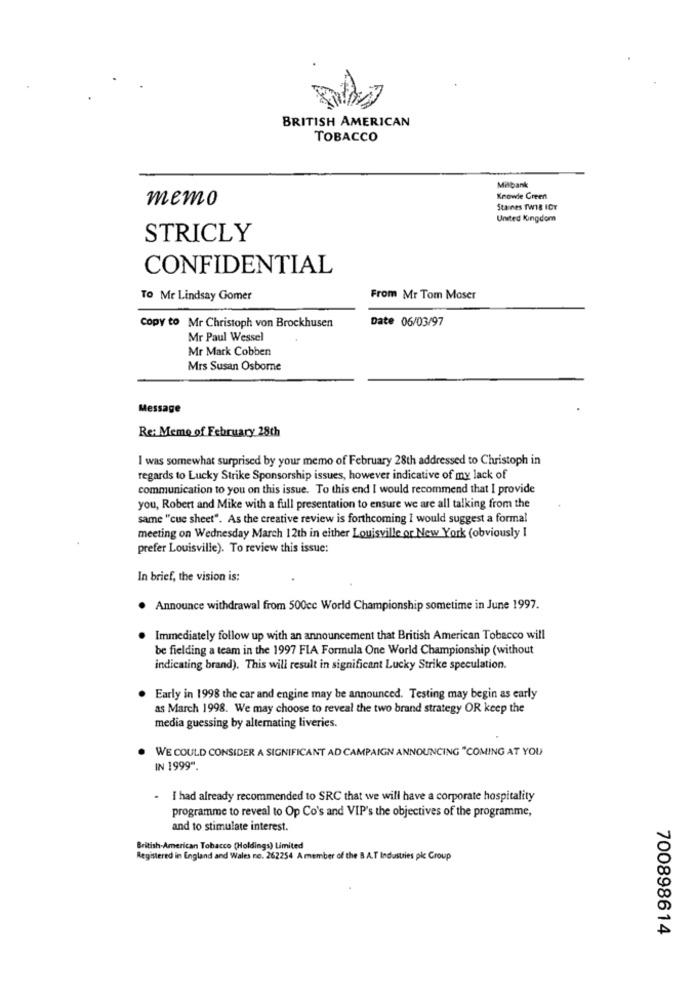
BRITISH AMERICAN
TOBACCO
Milbank
memo
Knowle Greent
Staines TW18 ICY
United Kingdom
STRICLY
CONFIDENTIAL
To Mr Lindsay Gomer
From Mr Tom Moser
Copy to Mr Christoph von Brockhusen
Date 06/03/97
Mr Paul Wessel
Mr Mark Cobben
Mrs Susan Osborne
Message
Re: Meme of February 28th
I was somewhat surprised by your memo of February 28th addressed to Christoph in
regards to Lucky Strike Sponsorship issues, however indicative of my lack of
communication to you on this issue. To this end I would recommend that I provide
you, Robert and Mike with a full presentation to ensure we are all talking from the
same "cue sheet". As the creative review is forthcoming I would suggest a formal
meeting on Wednesday March 12th in either Louisville or New York (obviously I
prefer Louisville). To review this issue:
In brief, the vision is:
Announce withdrawal from 500cc World Championship sometime in June 1997.
Immediately follow up with an announcement that British American Tobacco will
be fielding a team in the 1997 FIA Formula One World Championship (without
indicating brand). This will result in significant Lucky Strike speculation.
Early in 1998 the car and engine may be announced. Testing may begin as early
as March 1998. We may choose to reveal the two brand strategy OR keep the
media guessing by alternating liveries.
WE COULD CONSIDER A SIGNIFICANT AD CAMPAIGN ANNOUNCING "COMING AT YOU
IN 1999".
- I had already recommended to SRC that we will have a corporate hospitality
programme to reveal to Op Co's and VIP's the objectives of the programme,
and to stimulate interest.
British-American Tobacco (Holdings) Limited
Registered in England and Wales no. 262254 A member of the B.A.T Industries pic Group
700898614